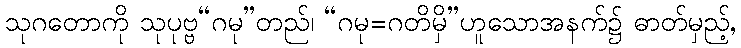
သုဂတောကို သုပုဗ္ဗ“ဂမု”တည်၊ “ဂမု=ဂတိမှိ”ဟူသောအနက်၌ ဓာတ်မှည့်,